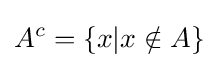
A^{c}=\{x|x\notin A\}